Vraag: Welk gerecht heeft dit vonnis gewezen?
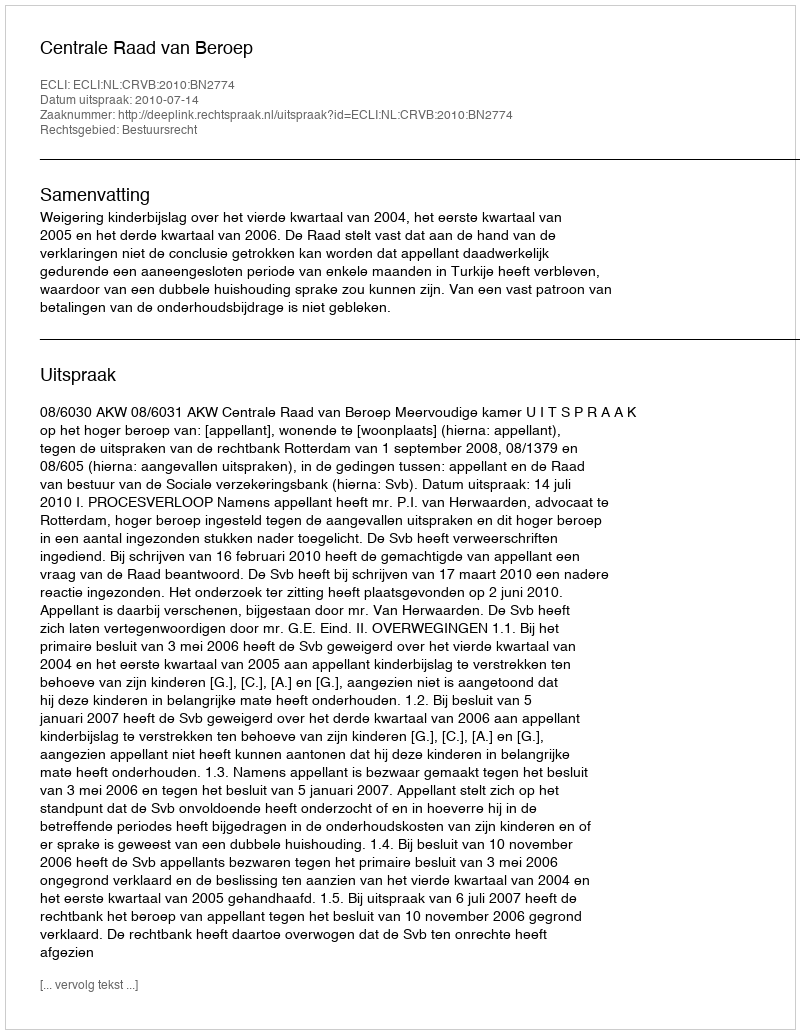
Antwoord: Centrale Raad van Beroep